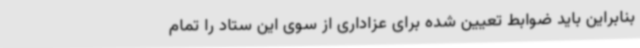
بنابراین باید ضوابط تعیین شده برای عزاداری از سوی این ستاد را تمام